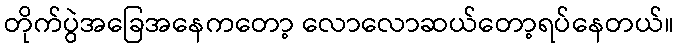
တိုက်ပွဲအခြေအနေကတော့ လောလောဆယ်တော့ရပ်နေတယ်။